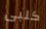
كلبى